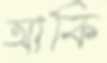
আকি